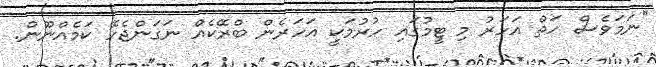
"ނަމަވެސް ހަތް އަހަރު މި ޓީމުގައި ހުރުމަކީ އަހަރެން ބްރޭކެއް ނަގަންޖެހޭ ކަމެއްނޫން.